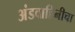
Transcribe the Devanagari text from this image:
अंडवाहिनीचा